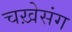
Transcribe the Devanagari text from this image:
चख़ेसंग